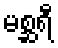
မစ္ဆရီ